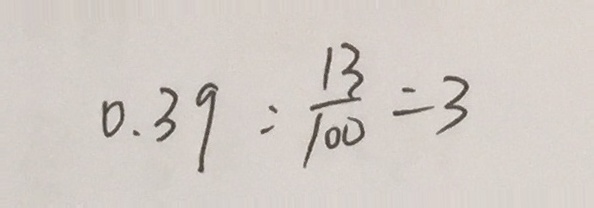
0 . 3 9 : \frac { 1 3 } { 1 0 0 } = 3